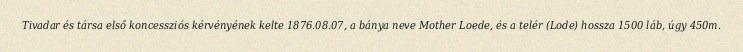
Tivadar és társa első koncessziós kérvényének kelte 1876.08.07, a bánya neve Mother Loede, és a telér (Lode) hossza 1500 láb, úgy 450m.